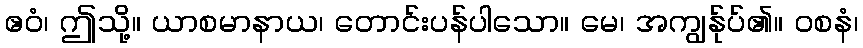
ဧဝံ၊ ဤသို့။ ယာစမာနာယ၊ တောင်းပန်ပါသော။ မေ၊ အကျွန်ုပ်၏။ ဝစနံ၊